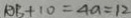
A B + 1 0 = 4 a = 1 2